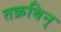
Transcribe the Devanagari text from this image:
तक्रबिन्